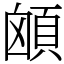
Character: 䪿